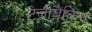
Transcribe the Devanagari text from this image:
टेलीबैंकिंग